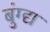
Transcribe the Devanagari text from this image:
बुंग्द्य